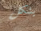
يشكل